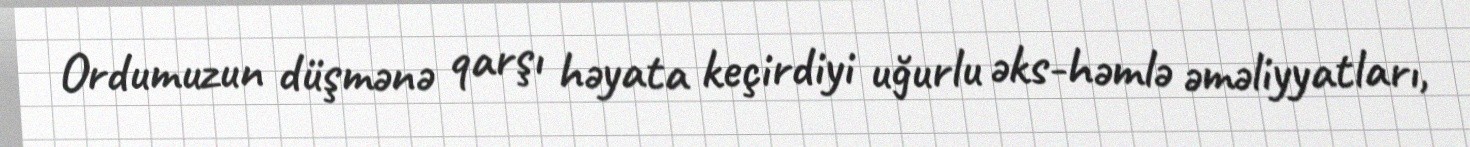
Ordumuzun düşmənə qarşı həyata keçirdiyi uğurlu əks-həmlə əməliyyatları,